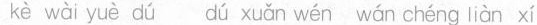
kè wài yuè dú dú xuǎn wén wán chénq liàn xí